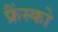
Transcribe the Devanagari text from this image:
फ्रैंस्को